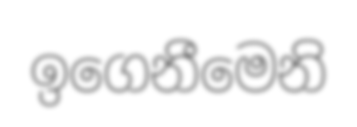
ඉගෙනීමෙනි